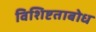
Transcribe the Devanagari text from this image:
विशिष्टताबोध